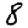
Digit: 8